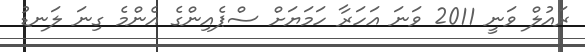
ރައުލް ވަނީ 2011 ވަނަ އަހަރާ ހަމަޔަށް ސްޕެއިންގެ އެންމެ ގިނަ ލަނޑު